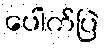
ပေါက်ပြဲ